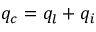
q _ { c } = q _ { l } + q _ { i }